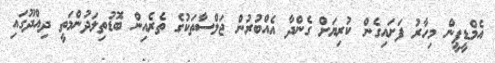
އެމްޑީޕީން މިހާރު ފަށައިގެން ކުރިޔަށް ގެންދާ އެއްބުރުން ޖަލްސާތަކުގެ ތެރެއިން ބޮޑުތިލަދުންމަތީ ދިއްދޫގައި